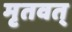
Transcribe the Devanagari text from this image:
मृतवत्